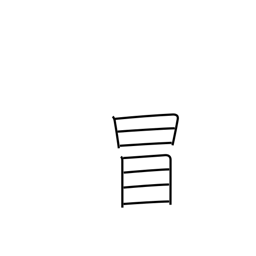
Meaning: dare